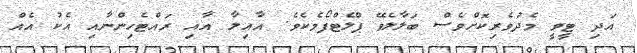
އަދި ޓީވީ މެދުވެރިކޮށްވެސް ބަލާލެވޭ ޕްލެޓްފޯމެކެވެ. އާއިލާ އާއި ރައްޓެހިންނާއި އެކު އެއް